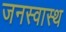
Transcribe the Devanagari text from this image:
जनस्वास्थ